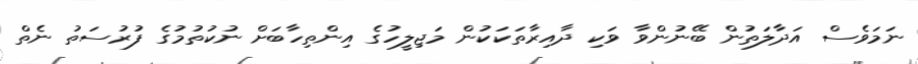
ނަމަވެސް އަދާލަތުން ބޭނުންވާ ވަކި ދާއިރާތަކަކުން މަޖިލީހުގެ އިންތިހާބަށް ނުކުތުމުގެ ފުރުސަތު ނެތް